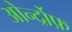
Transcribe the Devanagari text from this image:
ओर्न्द्रोफ़